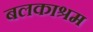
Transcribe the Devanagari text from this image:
बलकाश्रम